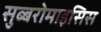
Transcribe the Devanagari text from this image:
सुब्बरोमाइसिस